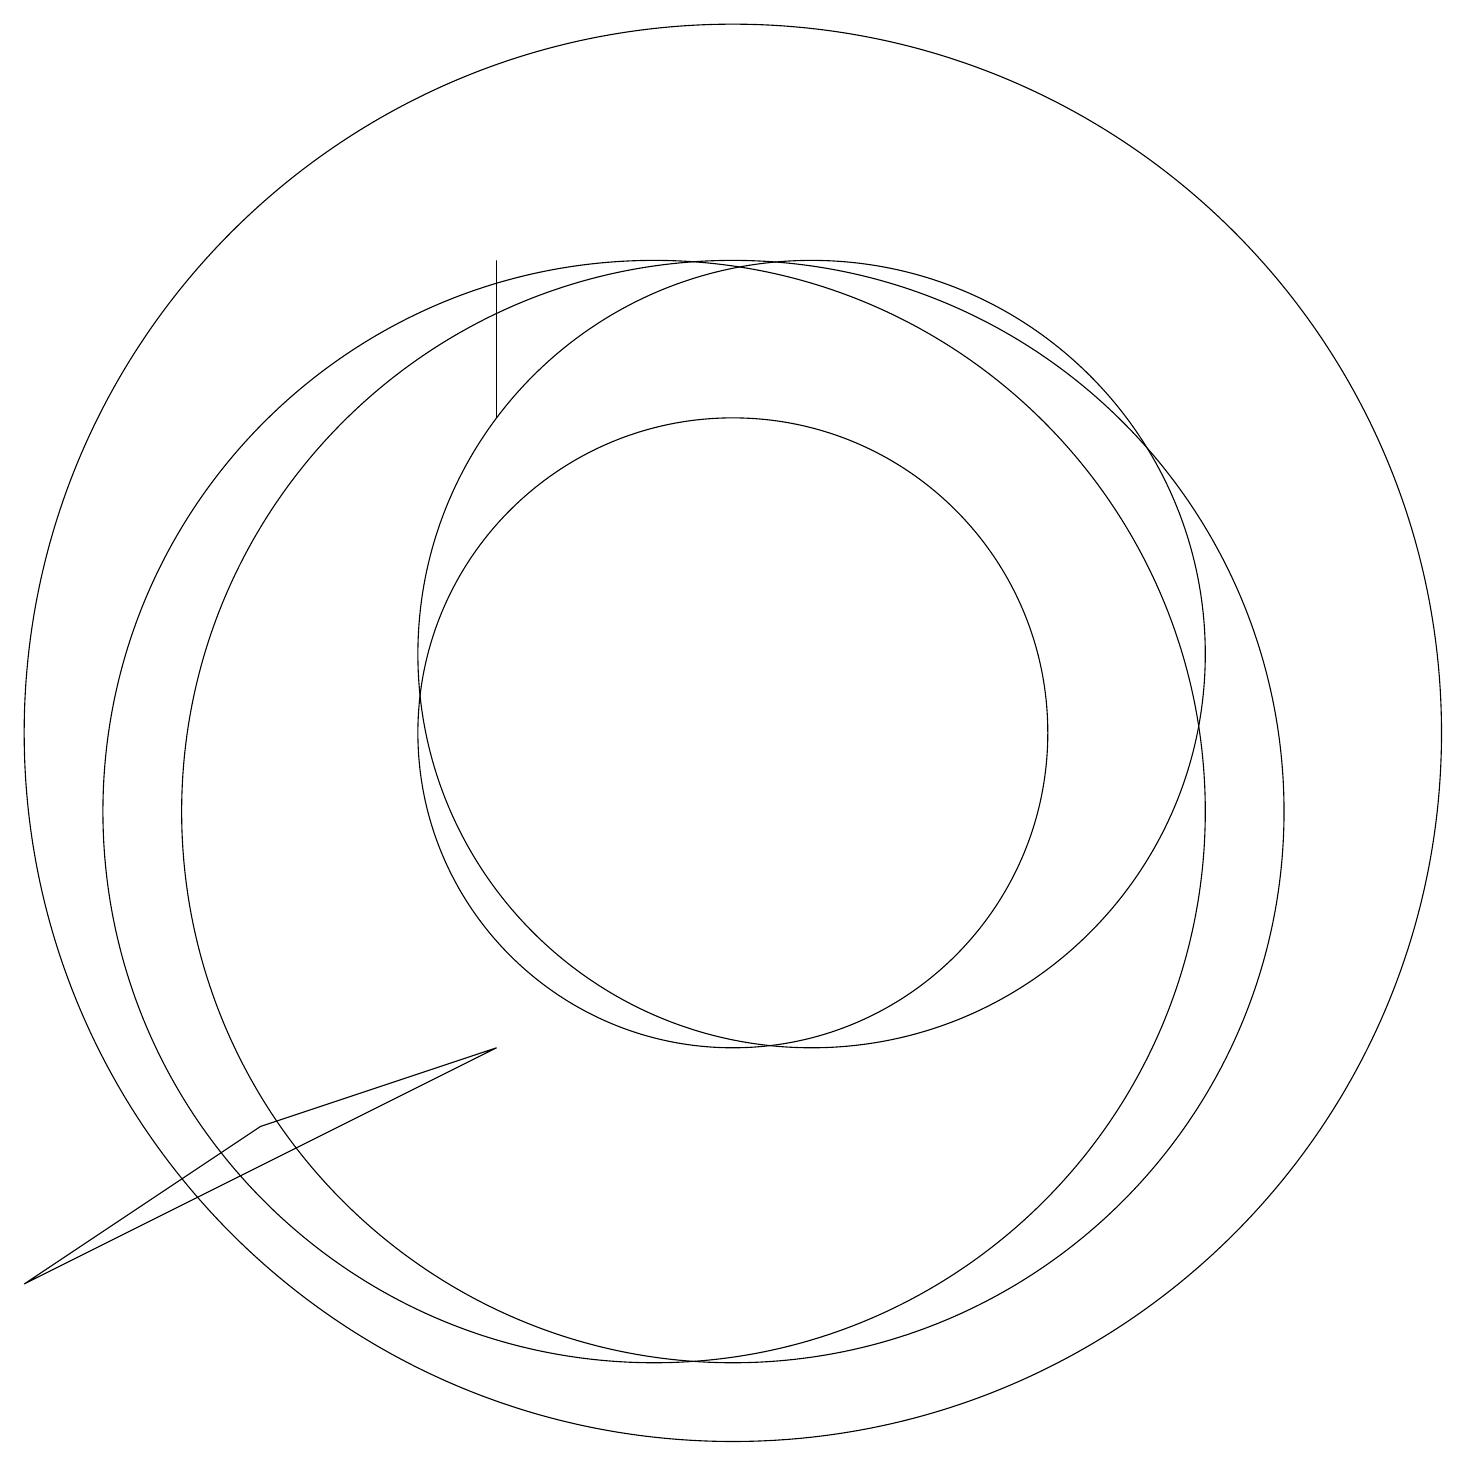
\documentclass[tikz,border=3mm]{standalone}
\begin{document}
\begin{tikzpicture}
\draw (5,6) -- (2,4) -- (8,7) -- cycle;
\draw (11,10) circle (7);
\draw (12,12) circle (5);
\draw (8,17) rectangle (8,15);
\draw (11,11) circle (9);
\draw (11,11) circle (4);
\draw (10,10) circle (7);
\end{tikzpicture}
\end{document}